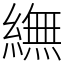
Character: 䌗